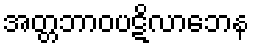
အတ္တဘာဝပဋိလာဘေန